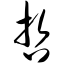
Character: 哲